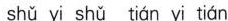
shǔ yi shǔ tián yǐ tián